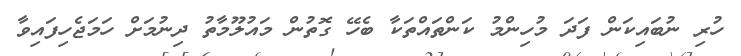
ހުރި ނުބައިކަން ފަދަ މުހިންމު ކަންތައްތަކާ ބެހޭ ގޮތުން މައުލޫމާތު ދިނުމަށް ހަމަޖެހިފައިވާ